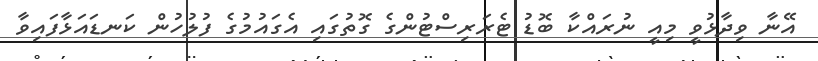
އޭނާ ވިދާޅުވީ މިއީ ނުރައްކާ ބޮޑު ޓެރަރިސްޓުންގެ ގޮތުގައި އެގައުމުގެ ފުލުހުން ކަނޑައަޅާފައިވާ